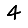
Digit: 4